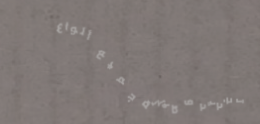
تجديد و صيانة جميع أنواع